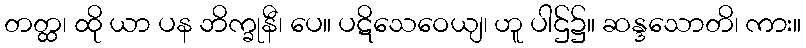
တတ္ထ၊ ထို ယာ ပန ဘိက္ခုနီ၊ ပေ။ ပဋိသေဝေယျ၊ ဟူ ပါဌ်၌။ ဆန္ဒသောတိ၊ ကား။